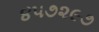
૪૫૭૨૯૭